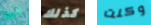
انها كذلك وكنت